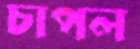
চাপল